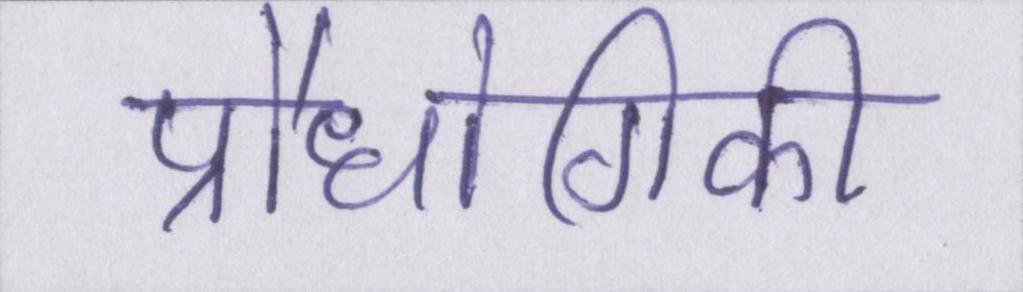
प्रौधोगिकी